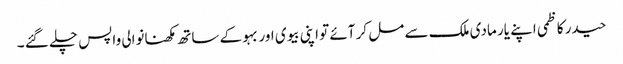
حیدر کاظمی اپنے یار مادی ملک سے مل کر آئے تو اپنی بیوی اور بہو کے ساتھ مکھنانوالی واپس چلے گئے ۔